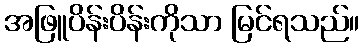
အဖြူပိန်းပိန်းကိုသာ မြင်ရသည်။